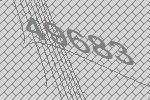
49683